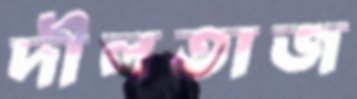
দীলতাজ